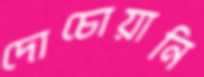
দোচোয়ানি